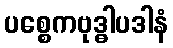
ပစ္စေကဗုဒ္ဓါပဒါနံ